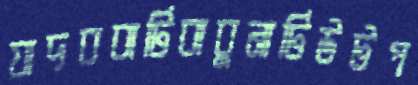
যাদববাটিবাবুনাটিউটপ